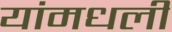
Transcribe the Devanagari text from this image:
यांमधली